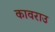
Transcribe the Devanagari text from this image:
कावराउ